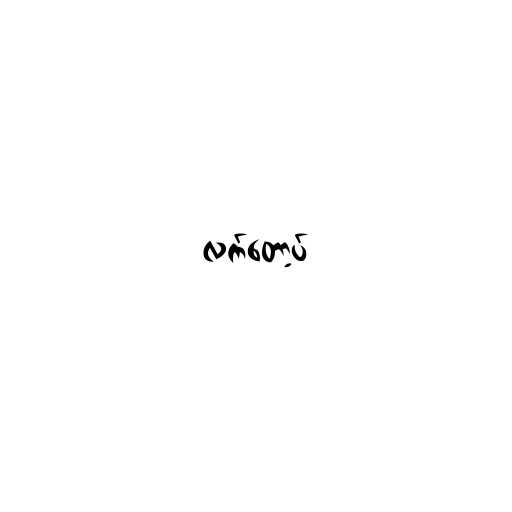
လက်တော့ပ်